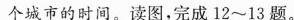
四个城市的时间。读图，完成12~13题。